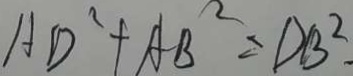
A D ^ { 2 } + A B ^ { 2 } = D B ^ { 2 }